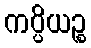
ကပ္ပိယဉ္စ